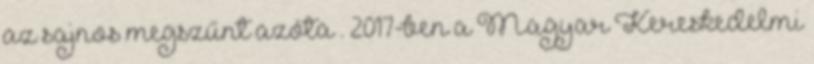
az sajnos megszűnt azóta . 2017-ben a Magyar Kereskedelmi